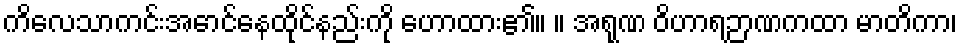
ကိလေသာကင်းအောင်နေထိုင်နည်းကို ဟောထား၏။ ။ အရုဏ ဝိဟာရဉာဏကထာ မာတိကာ၊